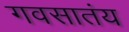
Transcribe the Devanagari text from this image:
गवसातंय